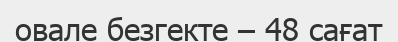
овале безгекте – 48 сағат